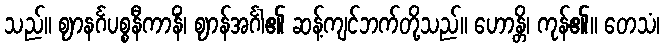
သည်။ ဈာနင်္ဂပစ္စနီကာနိံ၊ ဈာန်အင်္ဂါ၏ ဆန့်ကျင်ဘက်တို့သည်။ ဟောန္တိ၊ ကုန်၏။ တေသံ၊